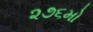
૨૭૬મો